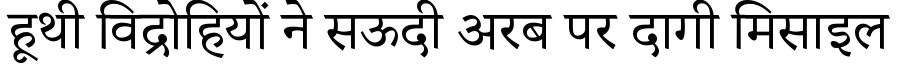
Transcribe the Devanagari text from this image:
हूथी विद्रोहियों ने सऊदी अरब पर दागी मिसाइल